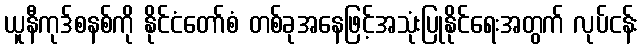
ယူနီကုဒ်စနစ်ကို နိုင်ငံတော်စံ တစ်ခုအနေဖြင့်အသုံးပြုနိုင်ရေးအတွက် လုပ်ငန်း